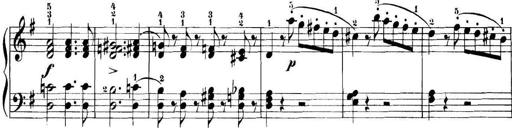
Title: 11 Sonatinas
Composer: Anton Diabelli